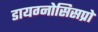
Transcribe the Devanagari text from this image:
डायग्नोसिसप्रो